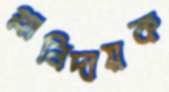
গ্লানিদায়ক